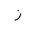
Letter: _zay